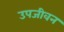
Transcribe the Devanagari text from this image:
उपजीवन